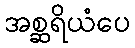
အစ္ဆရိယံပေ